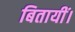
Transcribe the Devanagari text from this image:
बितायीं।